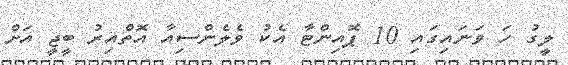
ލީގު ހަ ވަނައިގައި 10 ޕޮއިންޓާ އެކު ވެލެންސިއާ އޮތްއިރު ބީޖީ އަށް